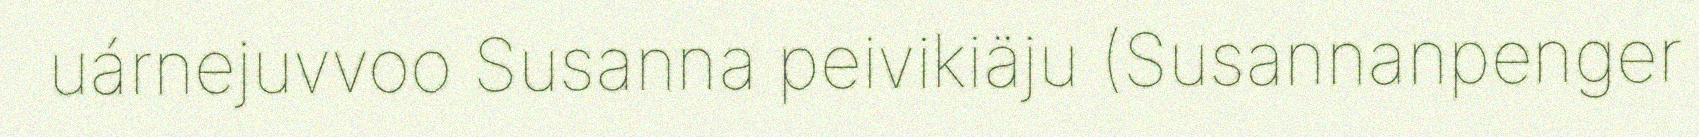
uárnejuvvoo Susanna peivikiäju (Susannanpenger